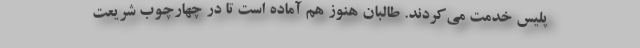
پلیس خدمت می‌کردند. طالبان هنوز هم آماده است تا در چهارچوب شریعت